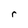
Character: r